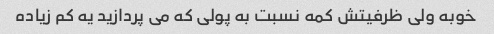
خوبه ولی ظرفیتش کمه نسبت به پولی که می پردازید یه کم زیاده